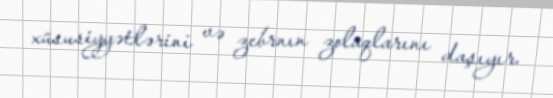
xüsusiyyətlərini və zebrnın zolaqlarını daşıyır.